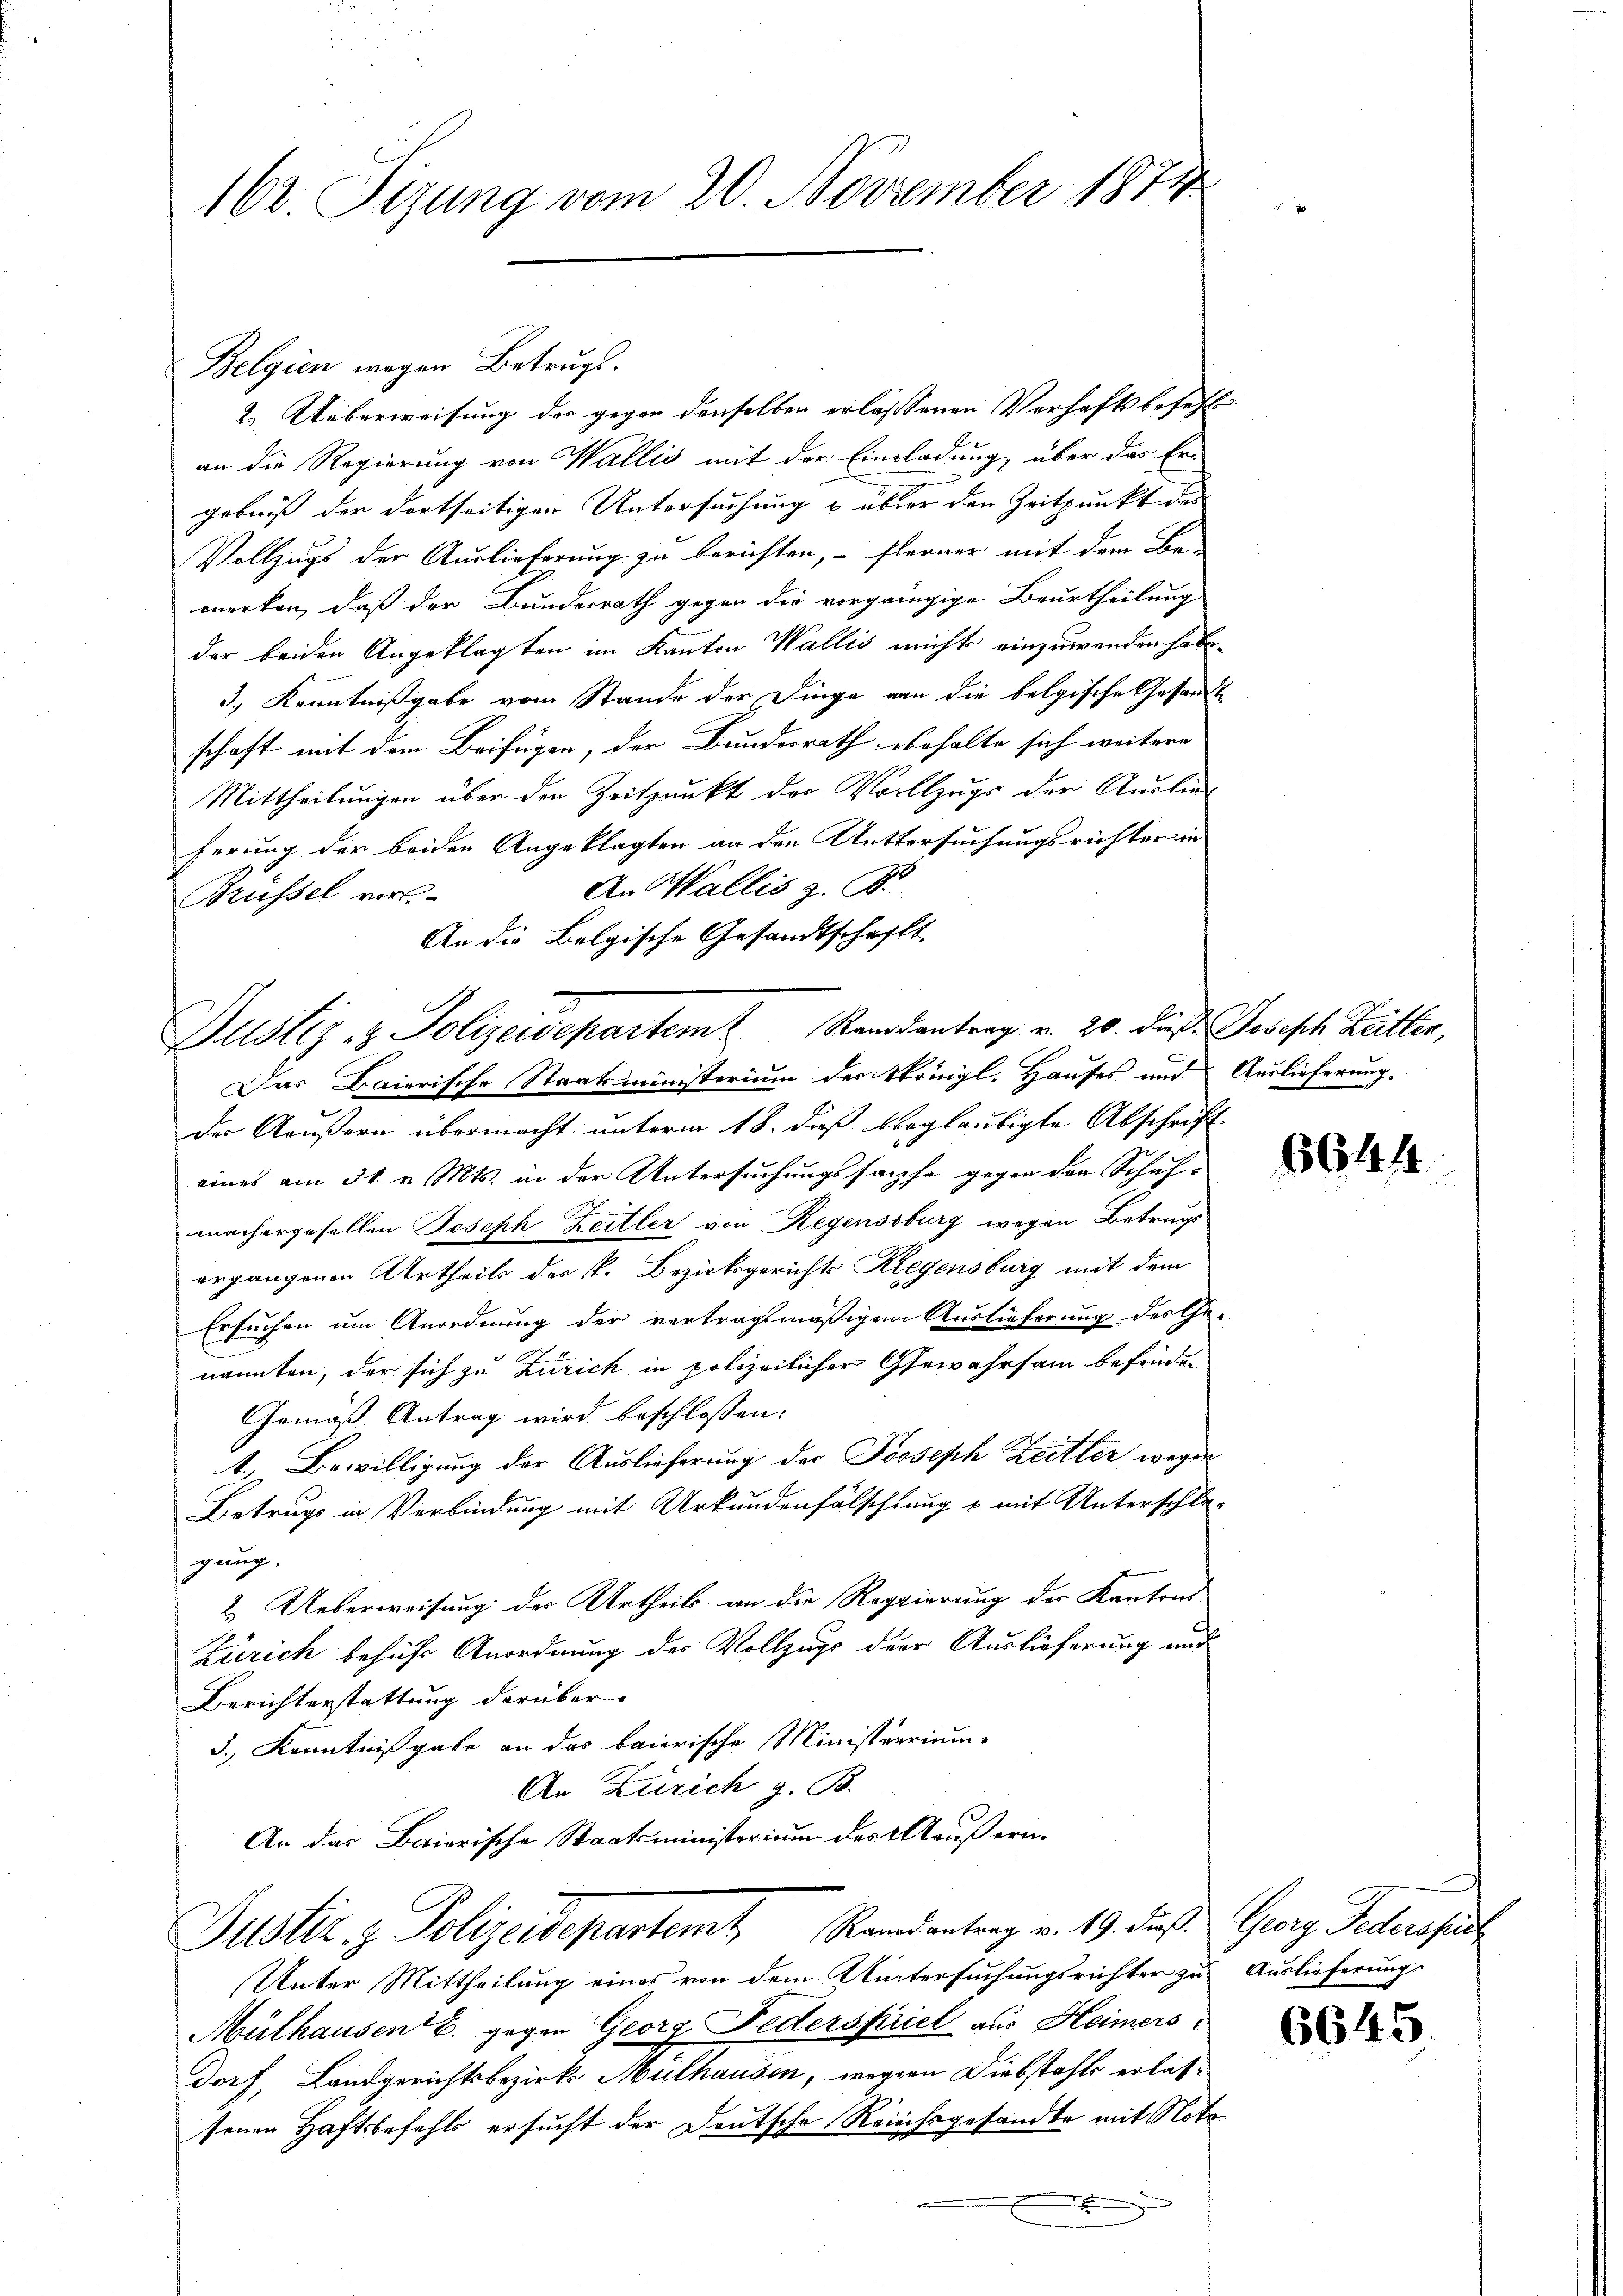
162. Sizung vom 20. November 1874

Belgien wegen Betrugs.
2.) Ueberweisung der gegen denselben erlassenen Verhaftsbefehl
an die Regierung von Wallis mit der Einladung, über das Er-
gebniß der dortseitiger Untersuchung u. über den Zeitpunkt des
Vollzugs der Auslieferung zu berichten, – ferner mit dem Be-
merken, daß der Bundesrath gegen die vorgängige Beurtheilung
der beiden Angeklagten im Kanton Wallis nicht einzuwenden habe.
3., Kenntnißgabe vom Stande der Dinge von die belgische Gesandt
schaft mit dem Beifügen, der Bundesrath behalte sich weitere
Mittheilungen über den Zeitpunkt der Vorllzugs der Auslieferung der beider Angeklagten an den Muttersuchungsrichter in
An Wallis z. B.
Brüssel vor
An die Belgische Gesandtschafft
Das Baierische Staatsministerium der Königl. Hauses und Auslieferung
der Aeußern übermacht, unterm 18. dieß beglaubigte Abschrift
eines am 31. v. Mts. in der Untersuchungssache gegen der Schaf-
machergesellen Joseph Leitler von Regenssburg wegen Betrags
ergangenen Urtheils der k. Bezirksgerichts Riegensburg mit dem
Ersuchen um Anordnung der vertragsmäßigem Auslieferung des Ge-
nannten, der sich zu Zürich in polizeilicher Gewahrsam befinden
Gemäß Antrag wird beschlossen:
1.) Bewilligung der Auslieferung der Joseph Zeitter, wegen
Betrugs in Verbindung mit Urkundenfälschtung & mit Unterschlogung.
2. Ueberweisung der Urtheils an die Regierung der Kantons
Zürich behufs Anordnung der Vollzugs der Auslieferung und
Berichterstattung darüber.
5.) Kenntnißgabe an das baierische Ministerrium
An Zürich z. B.
An das Baierische Staatsministerium des Aeußern.
Justiz & Polizeidepartemt Randantrag v. 19. das Georg Federspiel
Unter Mittheilung eines von dem Untersuchungsrichter zu Auslieferung
Mülhausen B. gegen Georg Federspriet aus Heimers
dorf, Landgerichtsbezirks Mülhausen, wegenn Diebstahls erlassenen Haftsbefehls ersucht der Deutsche Reichsgesandte mit Notox

Justiz- & Polizeidepartem Randantrag v. 20. dieß Joseph Leitter,

6644

6645.